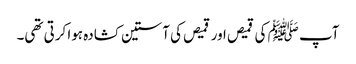
آپ ﷺ کی قمیص اور قمیص کی آستین کشادہ ہوا کرتی تھی۔